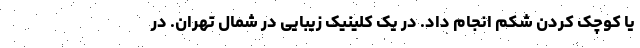
یا کوچک کردن شکم انجام داد. در یک کلینیک زیبایی در شمال تهران. در